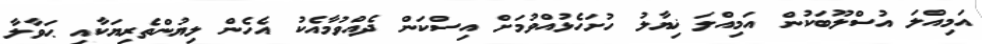
އަމިއްލަ އުސްލޫބަކުން އަމިއްލަ ޚިޔާލު ހުށަހެޅުއްވުމަށް އިސްކަން ދެއްވުމާއެކު އެހެން ލިޔުންތެރިޔަކާއި ޙަވާލާ